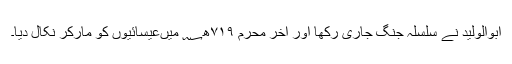
ابوالولید نے سلسلۂ جنگ جاری رکھا اور آخر محرم ۷۱۹ھ؁ میںعیسائیوں کو مارکر نکال دیا۔